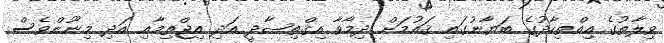
ވިލާތުގެ އިއްތިހާދުގެ ބަޔާނުގައި ޤައުމަށް ދިމާވާ އިޤްތިޞާދީ އަދި އިޖްތިމާއި އަދި މިނޫންވެސް